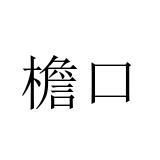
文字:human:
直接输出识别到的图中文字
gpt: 檐口